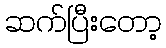
ဆက်ပြီးတော့